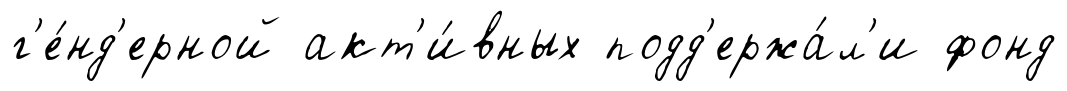
г'е́нд'ерной акт'и́вных подд'ержа́л'и фонд